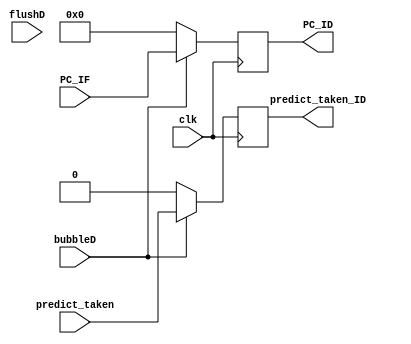
`timescale 1ns / 1ps
//////////////////////////////////////////////////////////////////////////////////
// Company: 
// Engineer: 
// 
// Design Name: 
// Module Name: PC_ID
// Project Name: 
// Target Devices: 
// Tool Versions: 
// Description: 
// 
// Dependencies: 
// 
// Revision:
// Revision 0.01 - File Created
// Additional Comments:
// 
//////////////////////////////////////////////////////////////////////////////////


module PC_ID(
    input               clk,
    input               bubbleD,
    input               flushD,
    input      [31:0]   PC_IF,
    input               predict_taken,
    output reg [31:0]   PC_ID,
    output reg          predict_taken_ID
    );
    
    initial begin
        PC_ID = 0;
        predict_taken_ID = 0;
    end

    always @(posedge clk ) begin
        if (!bubbleD) begin
            PC_ID            <= 0;
            predict_taken_ID <= 0;
        end else begin
            PC_ID <= PC_IF;
            predict_taken_ID <= predict_taken;
        end
    end
    
endmodule